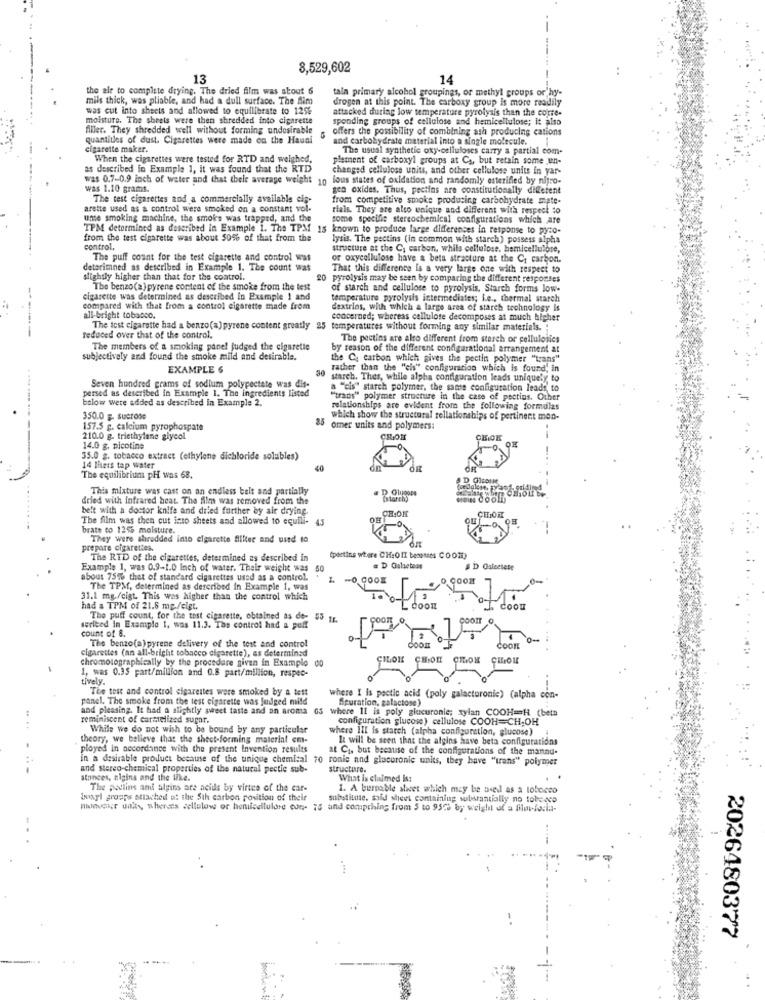
8,529,602
13
14
- -
the air to complete drying. The dried film was stout 6
tain primary alcohol groupings, or methyl groups or hy-
mils thick, was pliable, and had a dull surface. The Aim
drogen at this point. The carboxy group is more readily
was cut into sheets and allowed to equilibrate to 125%
attacked during low temperature pyrolysis than the corre-
moisture. The sheets were then shredded into cigarette
sponding groups of cellulose and hemicellulose; it also
Aller. They shredded well without forming undesirable
offers the possibility of combining ash producing cations
quantities of dust. Cigarettes were made on the Hauni
and carbohydrate material into a single molecule.
cigarette maker.
The usual synthetic oxy-celluloses carry a partial com-
When the cigarettes were tested for RTD and weighed,
plement of carboxyl groups at Cs, but retain some un-
bed in Example 1, it was found that the RTD
changed cellulose units, and other cellulose units in yar-
was 0.7-0.9 inch of water and that thele average weight 10 ious states of oxidation and randomly esterified by nitro-
was 1.10 grams.
gen oxides. Thus, pecties are constitutionally diferent
The test cigarettes and a commercially available cis-
from competitive smoke producing carbohydrate mate-
arette used as a control were smoked on a constant vol-
rials. They are also unique and different with respect to
une smoking machine, the smoke was trapped, and the
some specifie stereochemical configurations which are
TPM determined as described in Example 1. The TPM 15 known to produce large differences in response to pyro-
from the test cigarette was about 50% of that from the
lysis. The pectins (in common with starch) possess alpha
control,
structure at the C; carbon, while cellulose, bemicellulose,
The puff count for the test cigarette and control was
or oxycellulose have & beta stracture at the Cr carbon.
detarimned as described in Example 1. The count was
That this difference is a very large one with respect to
slightly higher than that for the control.
20 pyrolysis may be seen by comparing the different responses
The benzo(a) pyrene content of the smoke from the test
of starch and cellulose to pyrolysis, Starch forms low-
cigarette was determined as described in Example 1 and
temperature pyrolysis intermediates; L.e ., thermal starch
compared with that from a control cigarette made from
dextrins, with which a large area of starch technology is
all-bright tobacco.
concerned; whereas cellulose decomposes at much higher
The test cigarette had a benzo(a) pyrene content greatly 25 temperatures without forming any similar materials. "
--
reduced over that of the control.
The pectins are alto different from starch or cellulosics
The members of a smoking panel judged the cigarette
by reason of the different configurational arrangement at
subjectively and found the smoke mild and desirable.
the C. carbon which gives the pectin polymer "trans"
EXAMPLE 6
30
rather than the "cis" configuration which is found, in
starch. Thes, while alpha configuration leads uniquely to
persed as described in Example 1. The ingredients listed
Seven hundred grams of sodium polypectate was dis-
a "cis" starch polymer, the same configuration leads, to
below were added as described in Example 2.
"trans" polymer structure in the case of pectins. Other
relationships are evident from the following formulas
350.0 g. Sucrose
which show the structural rellationships of pertinent med-
157.5 g. calcium pyrophospate
25 omer units and polymers:
210.0 g. triethylene glycol
CRON
CHIOK
14.0 g. picotine
35.0 g. tobacco extract (ethylene dichloride solubles)
14 liters tap water
40
The equilibrium pH was 68.
This mixture was cast on an endless belt and partially
D Glucose
dried with infrared heat. The film was removed from the
(storch)
HON COOLD)
belt with a doctor knife and dried further by air drying.
CHOK
The film was then cut into sheets and allowed to equili- 43
CHIORK
brate to 1255 moisture.
They were shredded into elgarette filter and used to
prepare cigarettes.
The RTD of the cigarettes, determined as described in
(pertins where CH:OII becomes COOM)
Example 1, was 0.9-1.0 inch of water. Their weight was
50
= D Galactose
D Galectese
about 75% that of standard cigarettes used as a control.
-0, 000E
The TPM, determined as described in Example 1, was
31.1 mg./cigt. This was higher than the control which
had & TPM of 21.5 mg./cigt.
COOL
The puff count, for the test cigarette, obtained as de- 55 fr.
count of 8.
serieed In Example 1, was 11.3. The control had a poff
The benzo(a)pyrene delivery of the test and control
cigarettes (an all-bright tobacco cigarette), as determined
COOR
chromotographically by the procedure given in Example
CHLOR
1, was 0.35 part/million and 0.8 part/million, respec-
tively
The tost and control cigarettes were smoked by a tett
panel. The smoke from the test cigarette was judged mild
where I is pectic acid (poly galacturonic) (alpha con-
Spuration, galactose)
and pleasing. It had a slightly sweet taste and an aroma
where 11 is poly glucuronie; xylan COOH=H (beta
reminiscent of carmelized sugar.
configuration glucose) cellulose COOH=CH,OH
While we do not wish to be bound by any particular
where III is starch (alpha configuration, glucose)
theory, we believe that the sheet-forming material cm-
It will be seen that the algins have beta configurations
ployed in accordance with the present Invention results
at Ci, but because of the configurations of the mannu-
In a desirable product because of the unique chemical 70 ronie and glacuronic units, they have "trans" polymer
and stereo-chemical properties of the natural pectic sub-
structure.
stances, nigins and the Wke.
What Is claimed Is:
The podlins and algins are acids by virtue of the car-
1. A burnable slcet which may be used as a lobocco
boayl groups attached at the Sth carbon position of their
substitute, said shevt containing substantially no tobecco
nowor unles, whereas wellulow or honcellulare con- 75 and compching from $ to 9570 6; weight of a film-forla-
2026480377